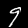
Label: 9